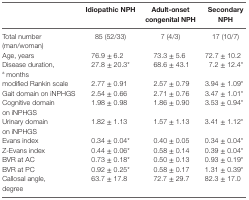
|  | Idiopathic NPH | Adult-onset congenital NPH | Secondary NPH |
 | --- | --- | --- | --- |
 | Total number (man/woman) | 85 (52/33) | 7 (4/3) | 17 (10/7) |
 | Age, years | 76.9 ± 6.2 | 73.3 ± 5.6 | 72.7 ± 10.2 |
 | Disease duration,a months | 27.8 ± 20.3* | 68.6 ± 43.1 | 7.2 ± 12.4* |
 | modified Rankin scale | 2.77 ± 0.91 | 2.57 ± 0.79 | 3.94 ± 1.09* |
 | Gait domain on iNPHGS | 2.54 ± 0.66 | 2.71 ± 0.76 | 3.47 ± 1.01* |
 | Cognitive domain on iNPHGS | 1.98 ± 0.98 | 1.86 ± 0.90 | 3.53 ± 0.94* |
 | Urinary domain on iNPHGS | 1.82 ± 1.13 | 1.57 ± 1.13 | 3.41 ± 1.12* |
 | Evans index | 0.34 ± 0.04* | 0.40 ± 0.05 | 0.34 ± 0.04* |
 | Z-Evans index | 0.44 ± 0.06* | 0.58 ± 0.14 | 0.39 ± 0.04* |
 | BVR at AC | 0.73 ± 0.18* | 0.50 ± 0.13 | 0.93 ± 0.19* |
 | BVR at PC | 0.92 ± 0.25* | 0.58 ± 0.17 | 1.31 ± 0.39* |
 | Callosal angle, degree | 63.7 ± 17.8 | 72.7 ± 29.7 | 82.3 ± 17.0 |